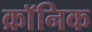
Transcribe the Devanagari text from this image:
क्राॅनिक